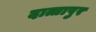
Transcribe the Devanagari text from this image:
दात्तापुर